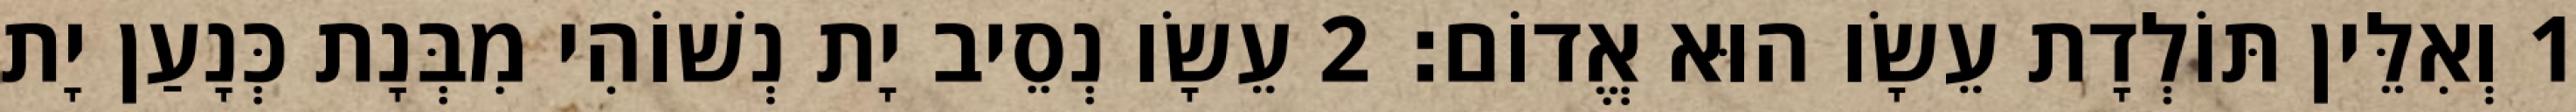
1 וְאִלֵּין תּוֹלְדָת עֵשָׂו הוּא אֱדוֹם׃ 2 עֵשָׂו נְסֵיב יָת נְשׁוֹהִי מִבְּנָת כְּנָעַן יָת